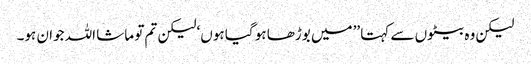
لیکن وہ بیٹوں سے کہتا ’’میں بوڑھا ہو گیا ہوں‘ لیکن تم تو ماشا اللہ جوان ہو۔